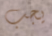
يجب